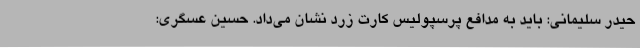
حیدر سلیمانی: باید به مدافع پرسپولیس کارت زرد نشان می‌داد. حسین عسگری: